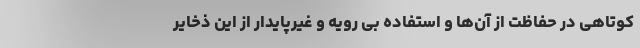
کوتاهی در حفاظت از آن‌ها و استفاده بی رویه و غیرپایدار از این ذخایر